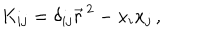
K _ { i j } = \delta _ { i j } \vec { r } ^ { \, 2 } - x _ { i } x _ { j } \, ,